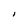
Character: I